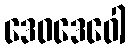
ဒေဝဒေဝေါ